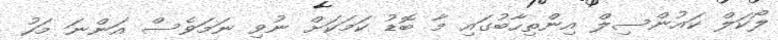
ލޯކަލް ކައުންސިލް އިންތިހާބުގައި މާ ބޮޑު ކަމަކަށް ނުވި ނަމަވެސް އަންނަ މަހު